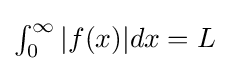
\textstyle \int _{0}^{\infty }|f(x)|dx=L